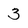
Character: 3